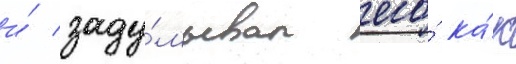
и́ заду́мывал его́ ка́к